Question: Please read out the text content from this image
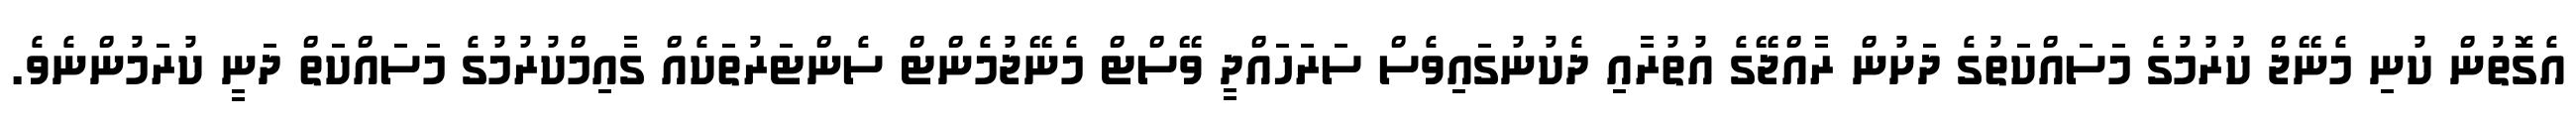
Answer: އެގޮތުން ކުނި މެނޭޖް ކުރުމުގެ މަސައްކަތުގެ ދަށުން ރާއްޖޭގެ އުތުރާއި ދެކުނުގައިވެސް ސަރަހައްދީ ވޭސްޓް މެނޭޖުމެންޓް ސެންޓަރުތަކެއް ގާއިމްކުރުމުގެ މަސައްކަތް ދަނީ ކުރަމުންނެވެ.